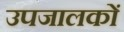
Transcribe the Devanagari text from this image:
उपजालकों